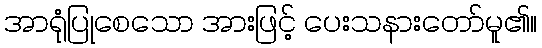
အာရုံပြုစေသော အားဖြင့် ပေးသနားတော်မူ၏။